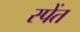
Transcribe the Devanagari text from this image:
स्पेंत